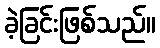
ခဲ့ခြင်းဖြစ်သည်။